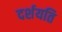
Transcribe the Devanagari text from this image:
दर्शयति